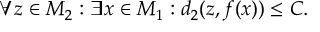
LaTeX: \forall z \in M _ { 2 } : \exists x \in M _ { 1 } : d _ { 2 } ( z , f ( x ) ) \leq C .